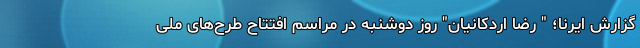
گزارش ایرنا؛ " رضا اردکانیان" روز دوشنبه در مراسم افتتاح طرح‌های ملی